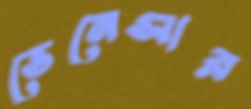
ভেনেসার